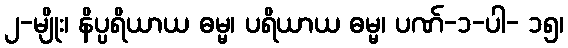
၂-မျိုး၊ နိပ္ပရိယာယ ဓမ္မ၊ ပရိယာယ ဓမ္မ၊ ပဏ်-၁-ပါ- ၁၅၊